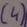
Text: (4)